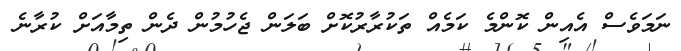
ނަމަވެސް އެއިން ކޮންމެ ކަމެއް ތަކުރާރުކޮށް ބަލަން ޖެހުމުން ދެން ތިމާއަށް ކުރާނެ